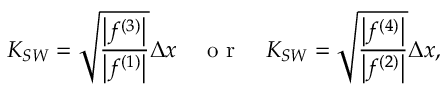
K _ { S W } = \sqrt { \frac { \left| f ^ { ( 3 ) } \right| } { \left| f ^ { ( 1 ) } \right| } } \Delta x \quad \mathrm { ~ o ~ r ~ } \quad K _ { S W } = \sqrt { \frac { \left| f ^ { ( 4 ) } \right| } { \left| f ^ { ( 2 ) } \right| } } \Delta x ,